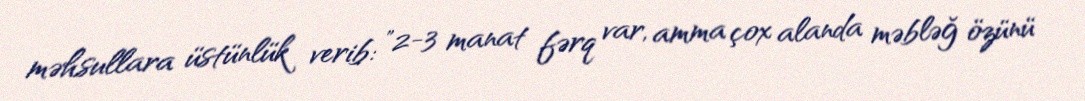
məhsullara üstünlük verib: "2-3 manat fərq var, amma çox alanda məbləğ özünü